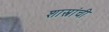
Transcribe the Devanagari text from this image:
शास्त्रांची